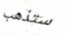
ستذهب